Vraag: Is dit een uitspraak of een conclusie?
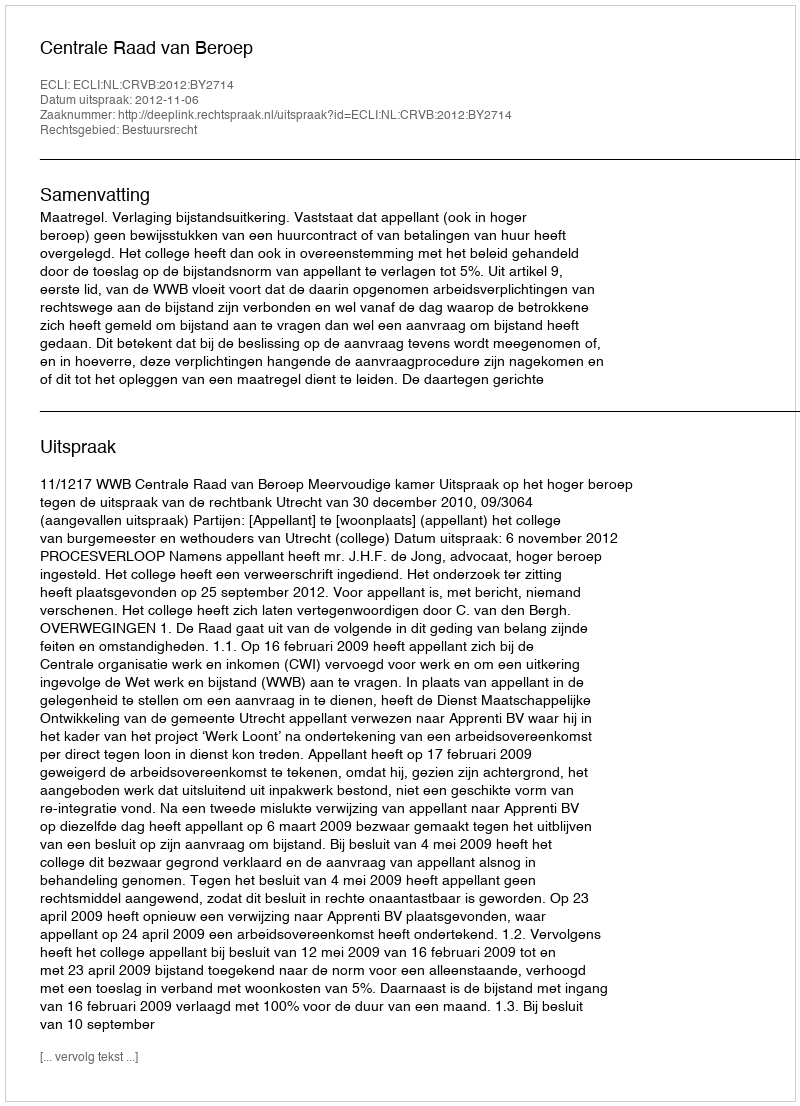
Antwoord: Uitspraak